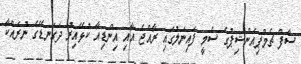
ސާފް ޗެމްޕިއަންޝިޕުގެ ސެމީ ފައިނަލުގައި ރާއްޖެ އާއި އިންޑިއާ ކުޅޭއިރު ދަގަނޑޭގެ ނުރައްކާ